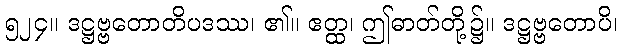
၅၂၄။ ဒဋ္ဌဗ္ဗတောတိပဒဿ၊ ၏။ ဧတ္ထ၊ ဤဓာတ်တို့၌။ ဒဋ္ဌဗ္ဗတောပိ၊